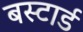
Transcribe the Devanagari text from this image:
बस्टार्ड